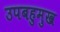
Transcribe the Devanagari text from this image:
उपबहुमुख